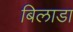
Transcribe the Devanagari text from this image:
बिलाडा